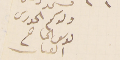
ولدكم الحورى ىوسف الحاح القىىات